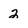
Character: 2